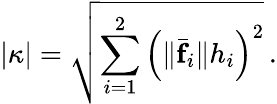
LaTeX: |\kappa|=\sqrt{\sum_{i=1}^{2}\left(\| \bar{\mathbf f}_{i}\| h_{i}\right)^{2}}\, .